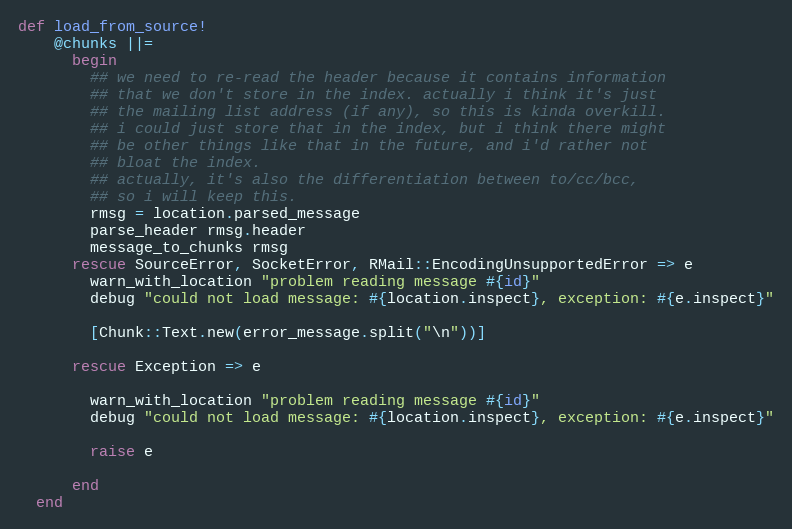
Language: Ruby
def load_from_source!
    @chunks ||=
      begin
        ## we need to re-read the header because it contains information
        ## that we don't store in the index. actually i think it's just
        ## the mailing list address (if any), so this is kinda overkill.
        ## i could just store that in the index, but i think there might
        ## be other things like that in the future, and i'd rather not
        ## bloat the index.
        ## actually, it's also the differentiation between to/cc/bcc,
        ## so i will keep this.
        rmsg = location.parsed_message
        parse_header rmsg.header
        message_to_chunks rmsg
      rescue SourceError, SocketError, RMail::EncodingUnsupportedError => e
        warn_with_location "problem reading message #{id}"
        debug "could not load message: #{location.inspect}, exception: #{e.inspect}"

        [Chunk::Text.new(error_message.split("\n"))]

      rescue Exception => e

        warn_with_location "problem reading message #{id}"
        debug "could not load message: #{location.inspect}, exception: #{e.inspect}"

        raise e

      end
  end